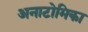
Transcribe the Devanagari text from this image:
अनाटोमिका